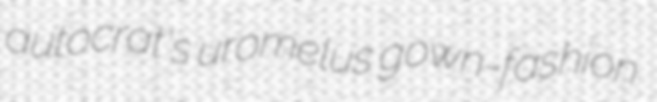
autocrat's uromelus gown-fashion